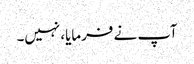
آپ نے فرمایا، نہیں۔